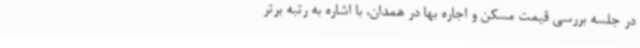
در جلسه بررسی قیمت مسکن و اجاره بها در همدان، با اشاره به رتبه برتر